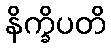
နိက္ခိပတိ